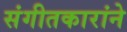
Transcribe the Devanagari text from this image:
संगीतकारांने